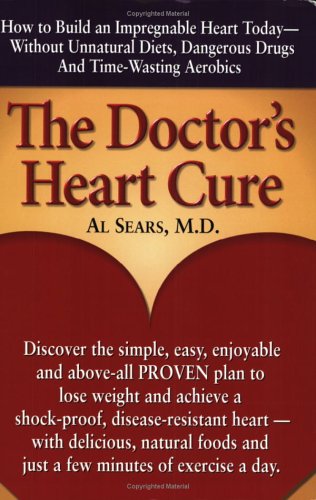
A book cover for The Doctor's Heart Cure, Beyond the Modern Myths of Diet and Exercise: The Clinically-Proven Plan of Breakthrough Health Secrets That Helps You Build a Powerful, Disease-Free Heart; Al Sears; Health, Fitness & Dieting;